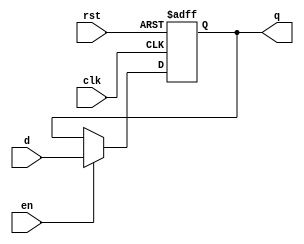
module stage_register (
    input wire clk,       // Clock signal
    input wire rst,       // Reset signal (active high)
    input wire en,        // Enable signal
    input wire [N-1:0] d, // Data input (N bits)
    output reg [N-1:0] q  // Data output (N bits)
);
    parameter N = 8; // Define the width of the register (8 bits by default)

    // Asynchronous reset and data capture on clock edge
    always @(posedge clk or posedge rst) begin
        if (rst) begin
            q <= {N{1'b0}}; // Reset output to zero
        end else if (en) begin
            q <= d; // Capture data input
        end
        // If EN is low, q retains its previous value
    end
endmodule